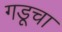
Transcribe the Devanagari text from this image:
गडूचा